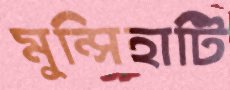
মুন্সিহাটি